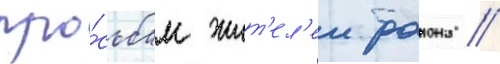
про́сьбам жит'ел'еи раиона //